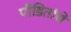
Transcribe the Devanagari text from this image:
पीडितांचे